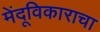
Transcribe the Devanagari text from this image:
मेंदूविकाराचा